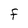
Character: F